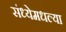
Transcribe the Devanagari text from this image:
संध्येमधल्या